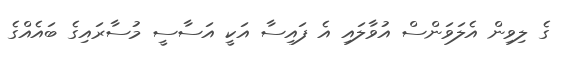
ގެ ލިވިން އެލަވަންސް އުވާލައި އެ ފައިސާ އަކީ އަސާސީ މުސާރައިގެ ބައެއްގެ